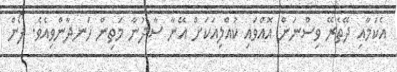
އެކަމާއި ދޭތެރޭ ވިސްނަން އޮއްވައި ކުއްލިއަކަށް އޭނާ ސާދުނާ މަތިން ހަނދާންވިއެވެ. ފޯން